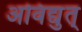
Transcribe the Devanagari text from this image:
अविद्युत्